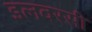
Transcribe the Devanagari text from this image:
इलवरसी